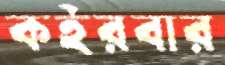
কইরবার